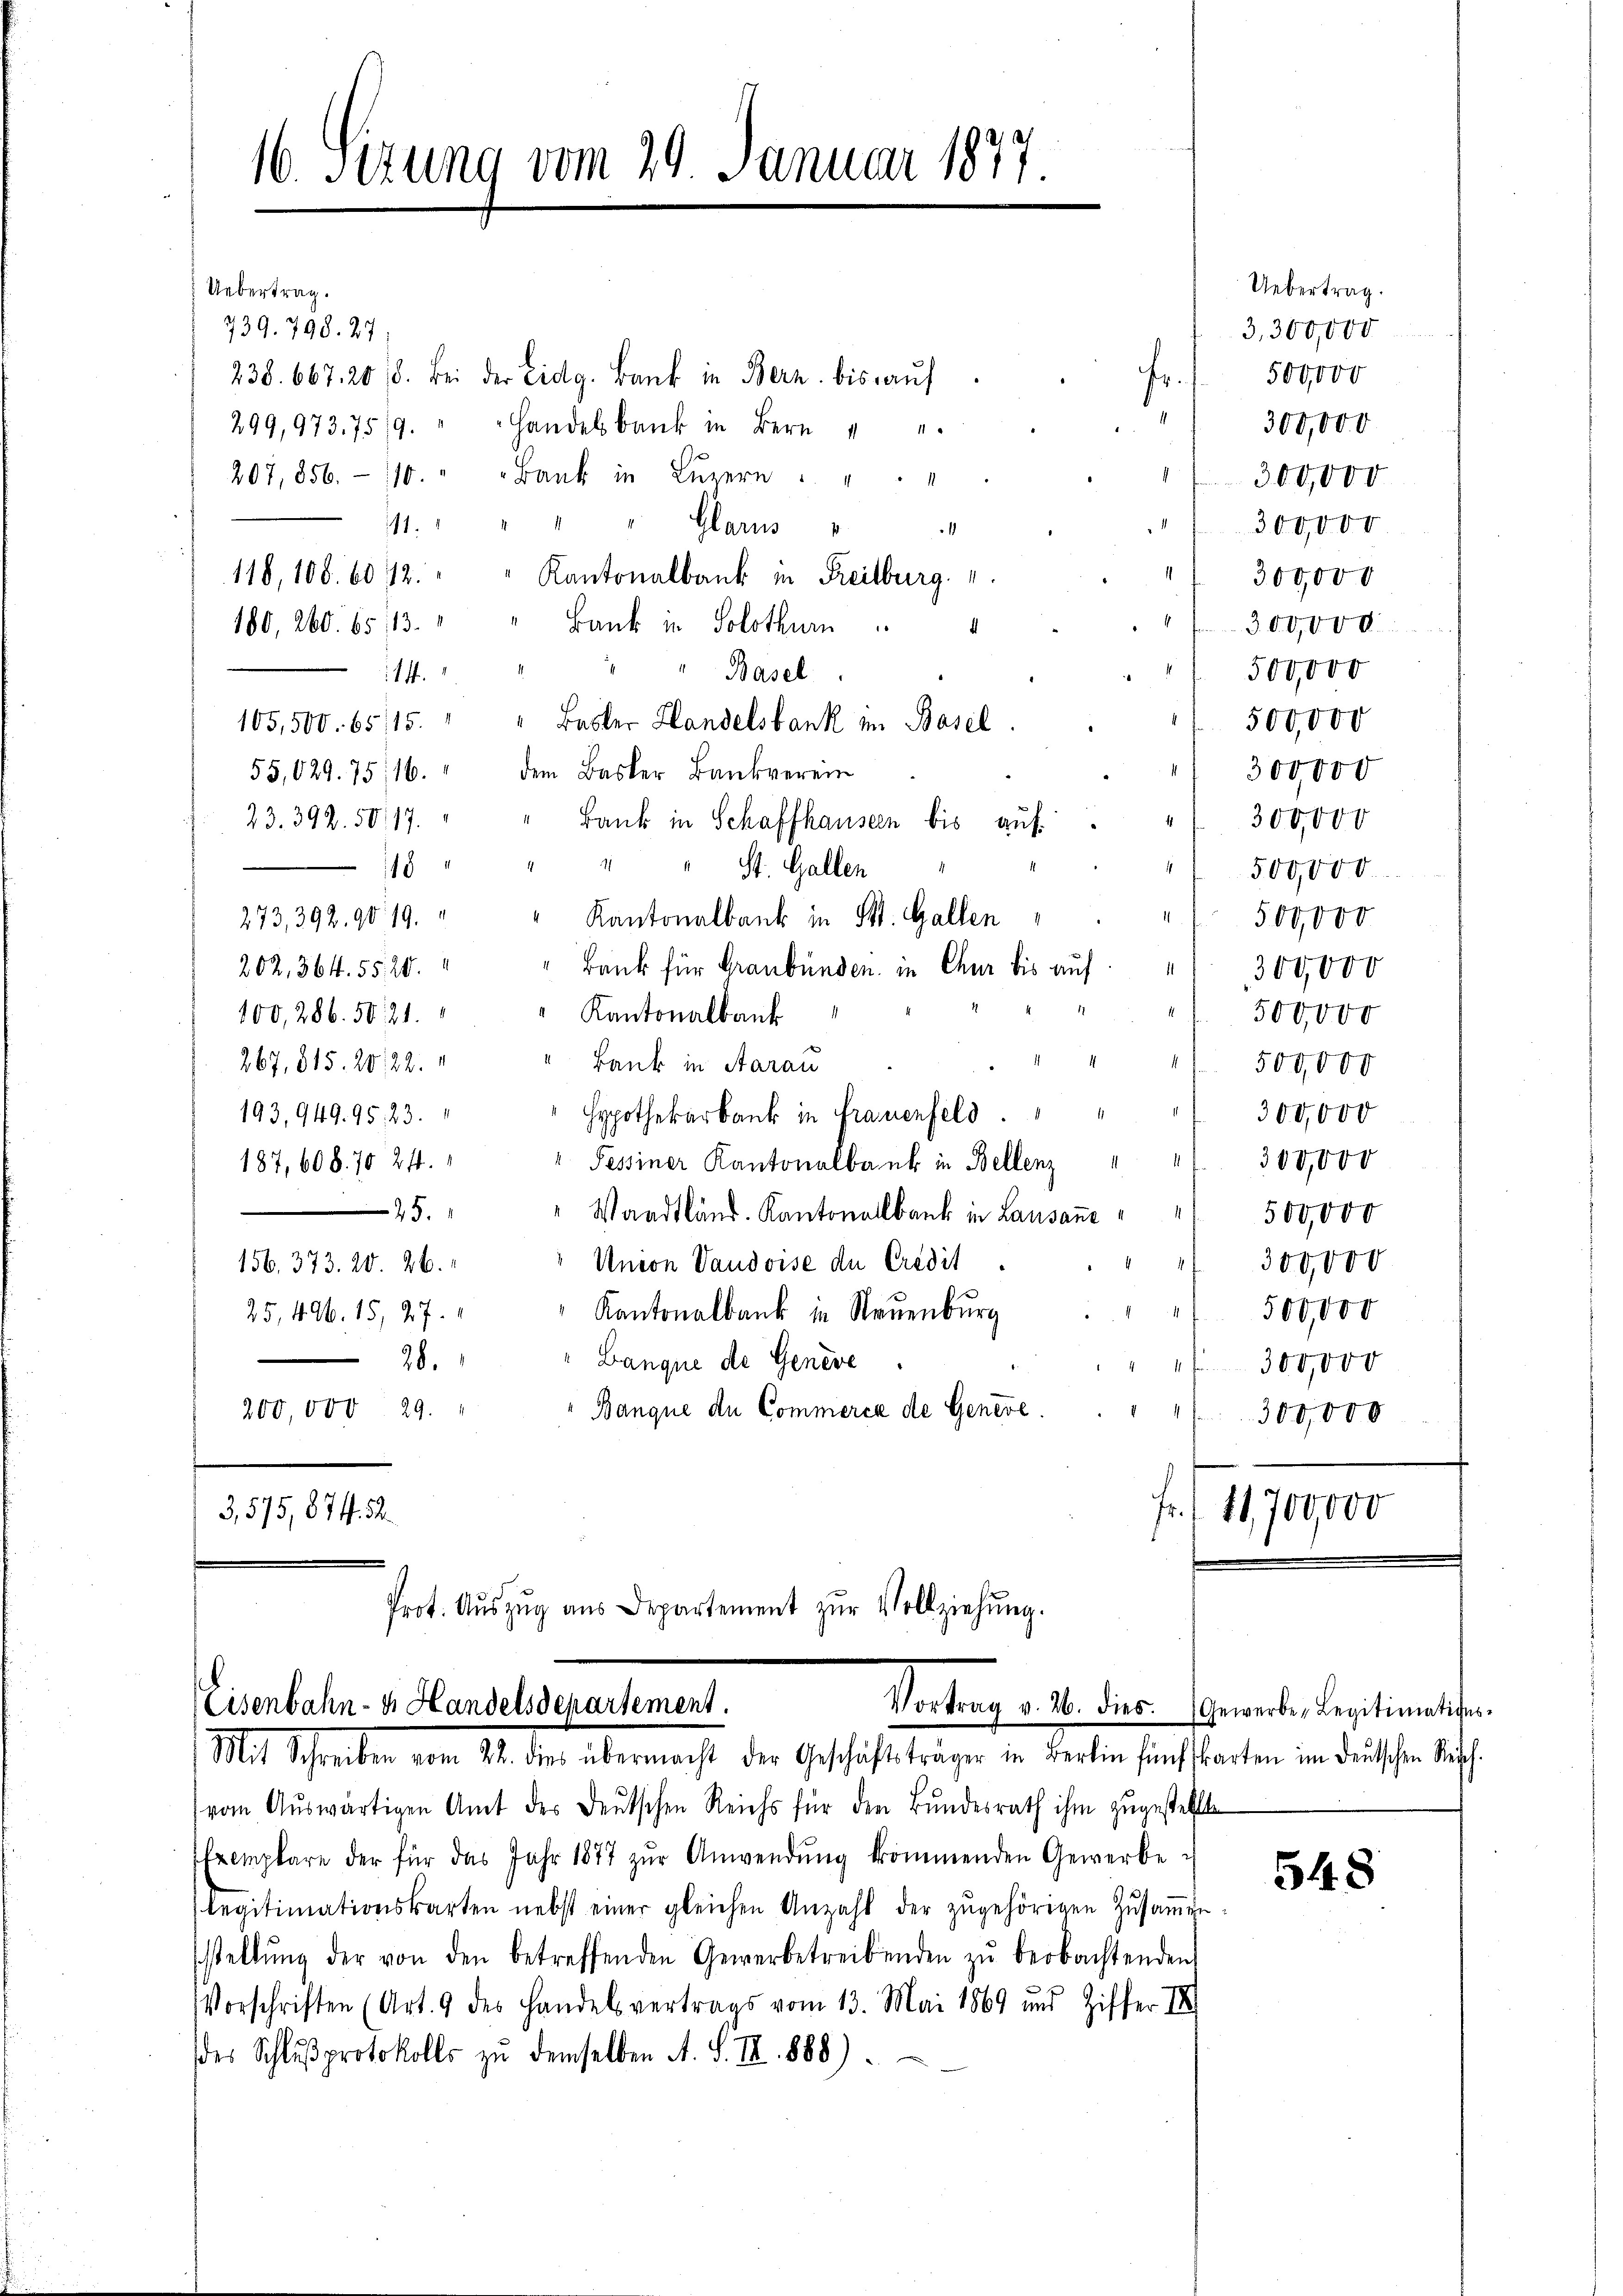
16. Setzung vom 29. Januar 1877

Uebertrag.
739. 798. 27;
238. 667. 208. Bei der Eidg. Bank in Bern bis aŭf
fr.
" 300,000
299, 973.75/9. " " Handelbank in Bern " "
207, 856. 110. " " Bank in Lŭzern " " "
300,000
" Glarus
111.
300,000
1
118, 108. 6012.
Kantonalbank in Preisburg. 4
300,000
" 300,000
180, 260. 65, 113.
Bank in Solothurn
500,000
 Basel
114.
500,000
105,500. 6515. " " Basler Handelsbank in Basel
55,029. 75, 16. " dem Basler Bankverein
300,000
23. 392. 5017.
Bank in Schaffhauseen bis aŭf " " 300,000
" " " St. Gallen
.
118
500,000
1
273,392. 90 19. " " Kantonalbank in St. Gallen
500,000
202, 364. 5520.
Bank für Graubünden in Chur bis auf " 300,000
Kantonalbank
500,000
100, 286. 5021.
" Bank in Aarau
267, 815. 20, 22.
 500,000
193, 949. 95, 23.
" Hypothekarbank in Frauenfeld.
300,000
300,000
" Pessiner Kantonalbank in Bellenz " "
187, 608. 70 24.
25.
" Waadtländ. Kantonallbank in Lausanc
500,000
300,000
Union Vaudoise de Credit
156. 373. 20. 26.
500,000
Kantonalbank in Neuenburg
25,496. 15, 27.
d.
28.
Banque de Geneve
 300,000
Banque de Commerce de Genere
200,000. 29.
4 f 300,000
3,575, 874. 52.
fr. 11,700,000

Prot. Aŭszŭg ans Departement zŭr Vollziehŭng.

Eisenbahn- u. Handelsdepartement.
Vortrag v. 26. dies. Gewerbe, Legitimations-
Mit Schreiben vom 11. der übermacht der Geschäftsträger in Berlin fünf karten in derschen Raths¬

vom Auswärtigen Amt der Deutschen Reichs für den Bundesrath ihm zugestellte
Exemplare der für das Jahr 1877 zŭr Anwendŭng kommenden Gewerbe
legitimationskarten nebst einer gleichen Anzahl der zŭgehörigen Zŭsaṁen-
stellŭng der von den betreffenden Gewerbetreibenden zŭ beobachtenden
Vorschriften (Art. 9 des Handelsvertrags vom 13. Mai 1869 und Ziffer III
des Schlŭβprotokolls zu demselben A. S. IX. 888)

Uebertrag.
3,300,000
500,000

548